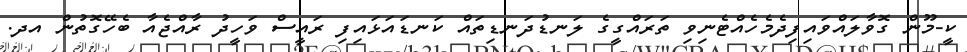
ކީ-މޫން ގޮވާލައްވައިފިދެމެހެއްޓެނިވި ތަރައްގީގެ ލަނޑުދަނޑިތައް ކަނޑައަޅައިފި ރައީސް ވަހީދު ރާއްޖެއާ ބެހޭގޮތުން އދ.